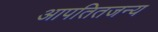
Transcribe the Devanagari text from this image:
आपतितजन्य